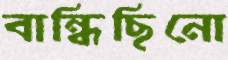
বান্ধিছিনো